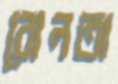
বোলতা